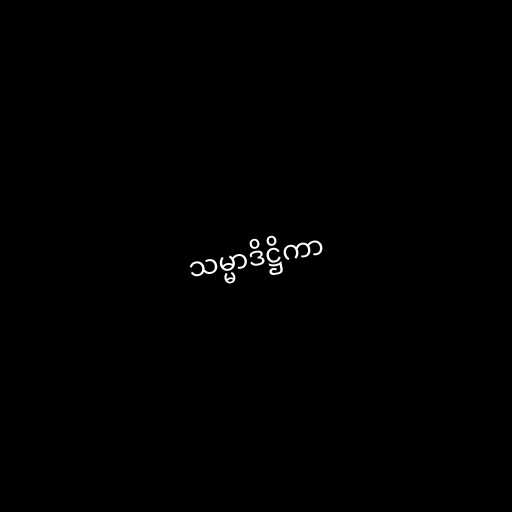
သမ္မာဒိဋ္ဌိကာ